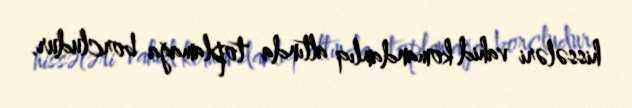
hissələri vahid komandanlıq altında toplamağa borcludur.